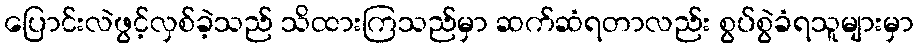
ပြောင်းလဲဖွင့်လှစ်ခဲ့သည် သိထားကြသည်မှာ ဆက်ဆံရတာလည်း စွပ်စွဲခံရသူများမှာ